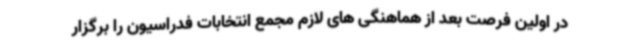
در اولین فرصت بعد از هماهنگی های لازم مجمع انتخابات فدراسیون را برگزار